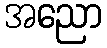
အညော